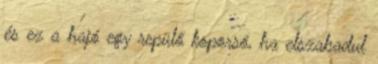
és ez a hajó egy repülő koporsó, ha elszabadul